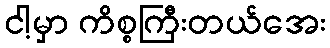
ငါ့မှာ ကိစ္စကြီးတယ်အေး